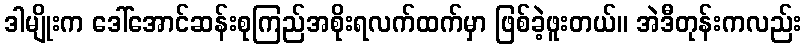
ဒါမျိုးက ဒေါ်အောင်ဆန်းစုကြည်အစိုးရလက်ထက်မှာ ဖြစ်ခဲ့ဖူးတယ်။ အဲဒီတုန်းကလည်း